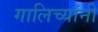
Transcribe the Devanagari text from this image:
गालिच्यांनी